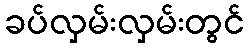
ခပ်လှမ်းလှမ်းတွင်